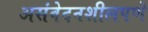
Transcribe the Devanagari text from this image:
असंवेदनशीलपणे